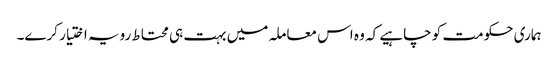
ہماری حکومت کو چاہیے کہ وہ اس معاملہ میں بہت ہی محتاط رویہ اختیار کرے۔